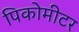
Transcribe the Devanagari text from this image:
पिकोमीटर